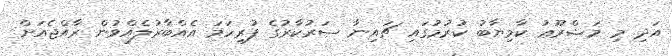
އަދި މި މަޝްރޫޢު ކާމިޔާބު ކުރުމުގައި ޗައިނާ ސަރުކާރުގެ ފުރިހަމަ އެއްބާރުލެއްވުން ރާއްޖެއަށް